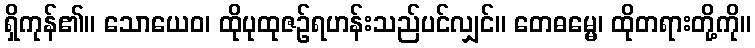
ရှိကုန်၏။ သောယေဝ၊ ထိုပုထုဇဉ်ရဟန်းသည်ပင်လျှင်။ တေဓမ္မေ၊ ထိုတရားတို့ကို။